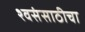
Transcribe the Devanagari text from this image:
श्वसंसाठीचा